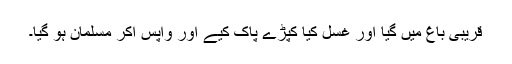
قریبی باغ میں گیا اور غسل کیا کپڑے پاک کیے اور واپس آکر مسلمان ہو گیا۔